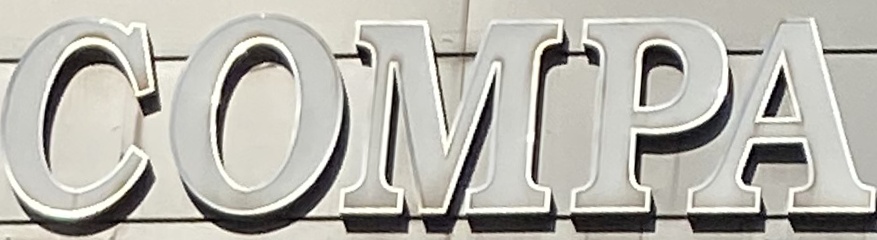
COMPA